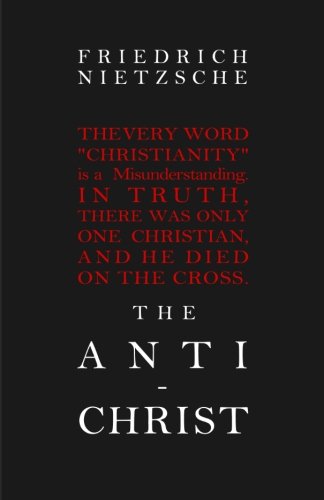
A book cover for The Anti-Christ; Friedrich Nietzsche; Politics & Social Sciences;